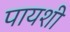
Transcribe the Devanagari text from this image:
पायशी